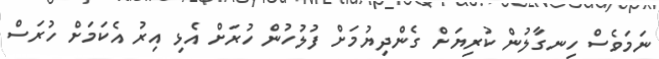
ނަމަވެސް ހިނގާލުން ކުރިޔަށް ގެންދިޔުމަށް ފުލުހުން ހުރަށް އެޅި އިރު އެކަމަށް ހުރަސް